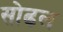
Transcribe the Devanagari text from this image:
सोढल